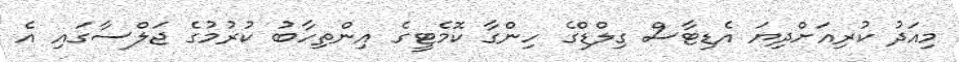
މިއަދު ކުރިއަށްދިޔަ އެޑިޓާސް ގިލްޑްގެ ހިންގާ ކޮމެޓީގެ އިންތިހާބު ކުރުމުގެ ޖަލްސާގައި އެ